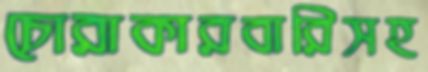
চোরাকারবারিসহ